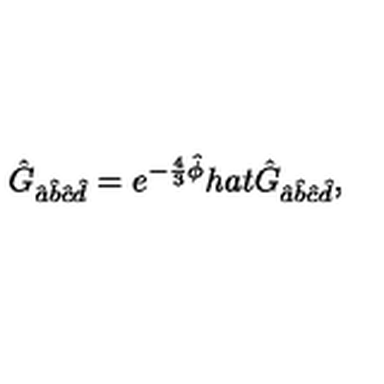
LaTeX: \hat { G } _ { \hat { a } \hat { b } \hat { c } \hat { d } } = e ^ { - \frac { 4 } { 3 } \hat { \phi } } h a t { \hat { G } } _ { \hat { a } \hat { b } \hat { c } \hat { d } } ,